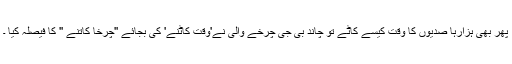
پھر بھی ہزارہا صدیوں کا وقت کیسے کاٹے تو چاند بی جی چرخے والی نے'وقت کاٹنے' کی بجائے ''چرخا کاتنے '' کا فیصلہ کیا ۔